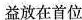
益放在首位